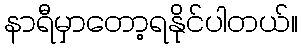
နာရီမှာတော့ရနိုင်ပါတယ်။